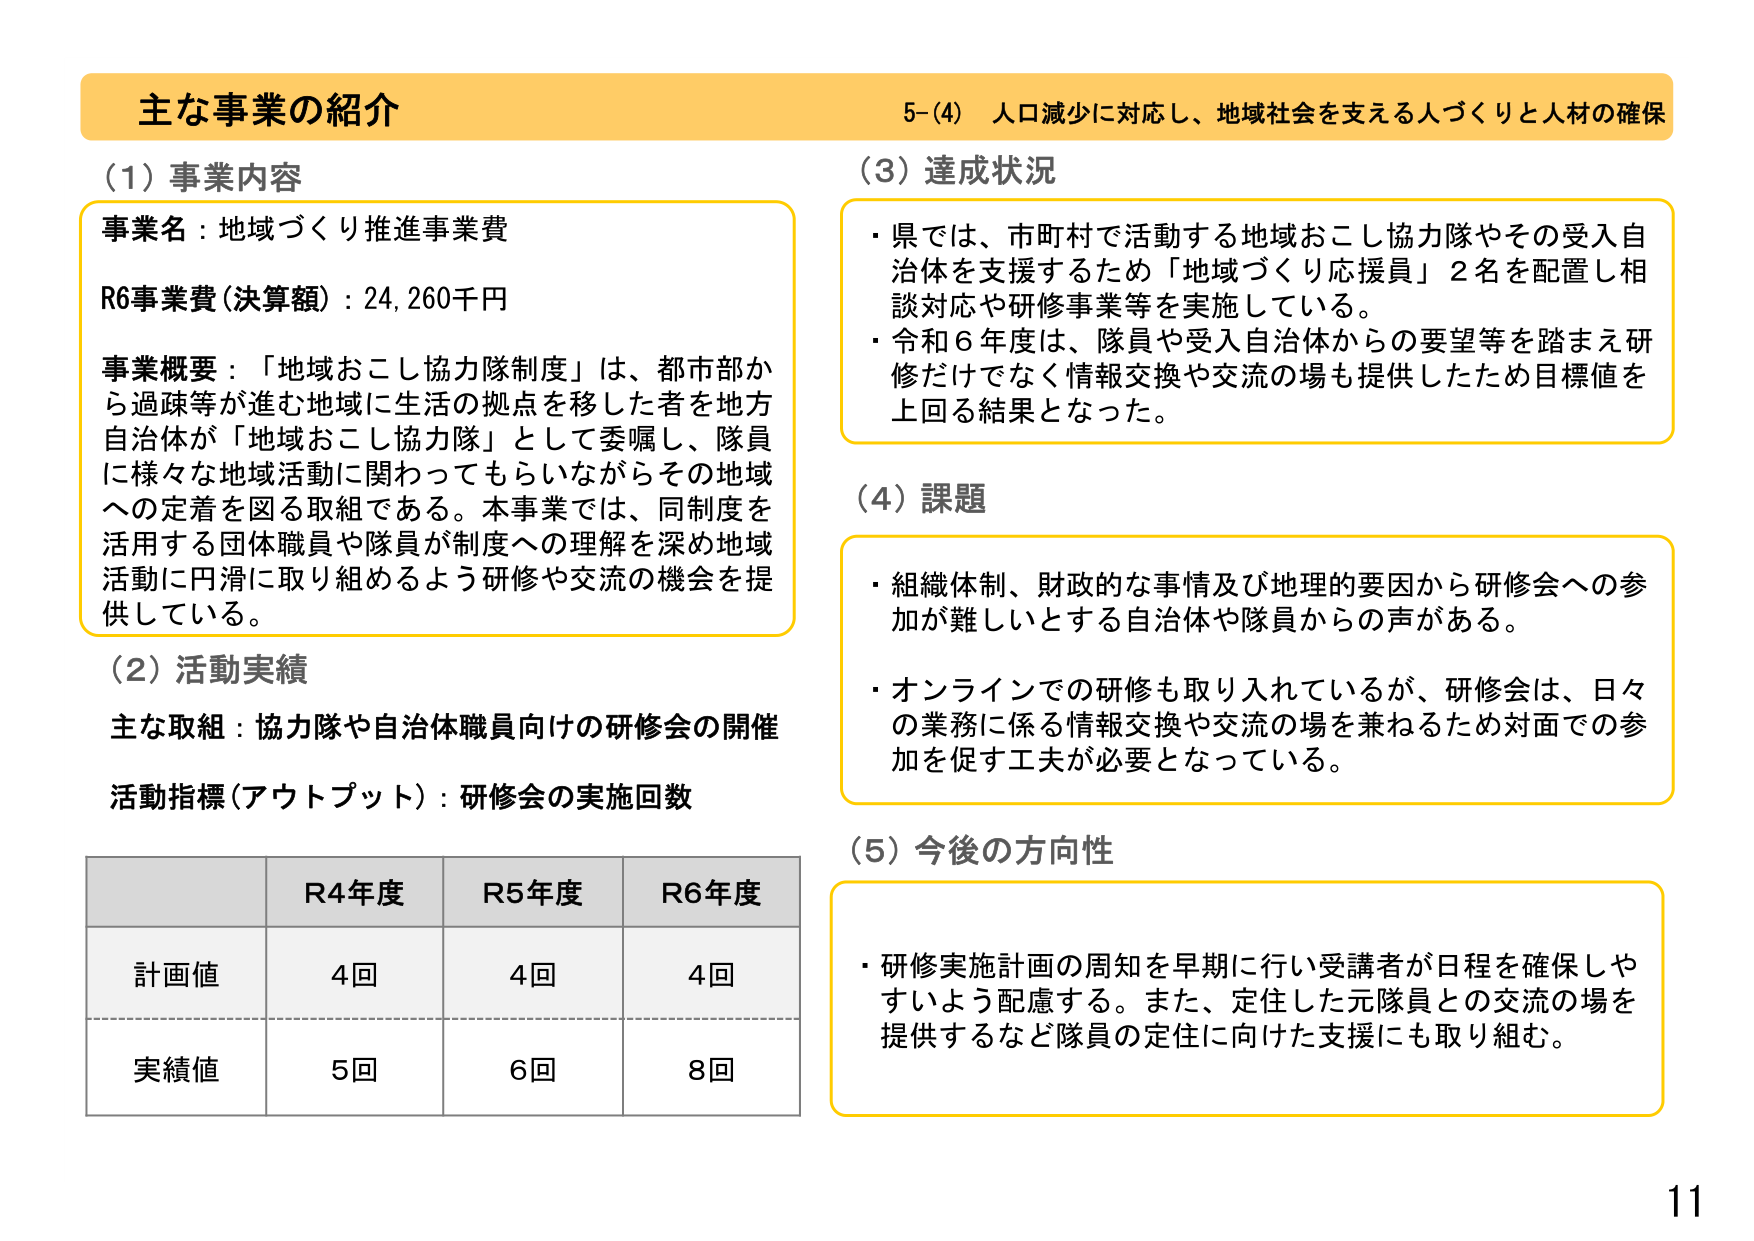
主な事業の紹介
5-(4) 人口減少に対応し、地域社会を支える人づくりと人材の確保

(1) 事業内容
事業名：地域づくり推進事業費
R6事業費（決算額）：24,260千円
事業概要：「地域おこし協力隊制度」は、都市部から過疎等が進む地域に生活の拠点を移した者を地方自治体が「地域おこし協力隊」として委嘱し、隊員に様々な地域活動に関わってもらいながらその地域への定着を図る取組である。本事業では、同制度を活用する団体職員や隊員が制度への理解を深め地域活動に円滑に取り組めるよう研修や交流の機会を提供している。

(2) 活動実績
主な取組：協力隊や自治体職員向けの研修会の開催
活動指標（アウトプット）：研修会の実施回数

R4年度 R5年度 R6年度
計画値 4回 4回 4回
実績値 5回 6回 8回

(3) 達成状況
・県では、市町村で活動する地域おこし協力隊やその受入自治体を支援するため「地域づくり応援員」2名を配置し相談対応や研修事業等を実施している。
・令和6年度は、隊員や受入自治体からの要望等を踏まえ研修だけでなく情報交換や交流の場も提供したため目標値を上回る結果となった。

(4) 課題
・組織体制、財政的な事情及び地理的要因から研修会への参加が難しいとする自治体や隊員からの声がある。
・オンラインでの研修も取り入れているが、研修会は、日々の業務に係る情報交換や交流の場を兼ねるため対面での参加を促す工夫が必要となっている。

(5) 今後の方向性
・研修実施計画の周知を早期に行い受講者が日程を確保しやすいよう配慮する。また、定住した元隊員との交流の場を提供するなど隊員の定住に向けた支援にも取り組む。

11